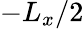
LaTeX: -L_{x}/2